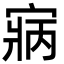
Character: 寎